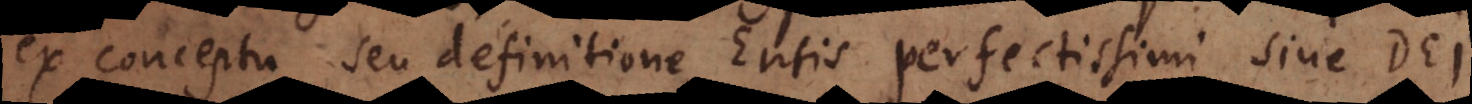
ex conceptu seu definitione Entis perfectissimi sive Dei